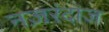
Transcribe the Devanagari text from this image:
नज़रंदाज